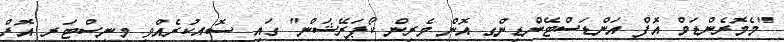
"މެމޮރެންޑަމް އޮފް އަންޑަސްޓޭންޑިންގ އޮން މެރިން ކޯޕަރޭޝަން" ގައި ސޮއިކުރެއްވީ މިނިސްޓަރ އޮފް